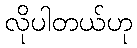
လိုပါတယ်ဟု